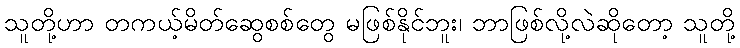
သူတို့ဟာ တကယ့်မိတ်ဆွေစစ်တွေ မဖြစ်နိုင်ဘူး၊ ဘာဖြစ်လို့လဲဆိုတော့ သူတို့